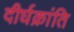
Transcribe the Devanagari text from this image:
दीर्घक्रांति